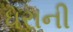
ધરાની